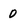
Character: 0